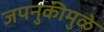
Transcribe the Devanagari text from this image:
जपनुकीमुळे